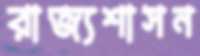
রাজ্যশাসন